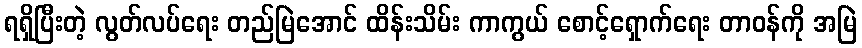
ရရှိပြီးတဲ့ လွတ်လပ်ရေး တည်မြဲအောင် ထိန်းသိမ်း ကာကွယ် စောင့်ရှောက်ရေး တာဝန်ကို အမြဲ